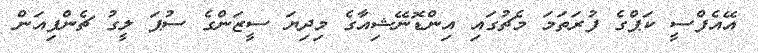
އޭއެފްސީ ކަޕްގެ ފުރަތަމަ މެޗުގައި އިންޑޮނޭޝިއާގެ މިދިޔަ ސީޒަންގެ ސުޕަ ލީގު ޗެންޕިއަން